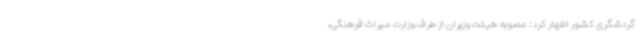
گردشگری کشور اظهار کرد: مصوبه هیئت وزیران از طرف وزارت میراث فرهنگی،